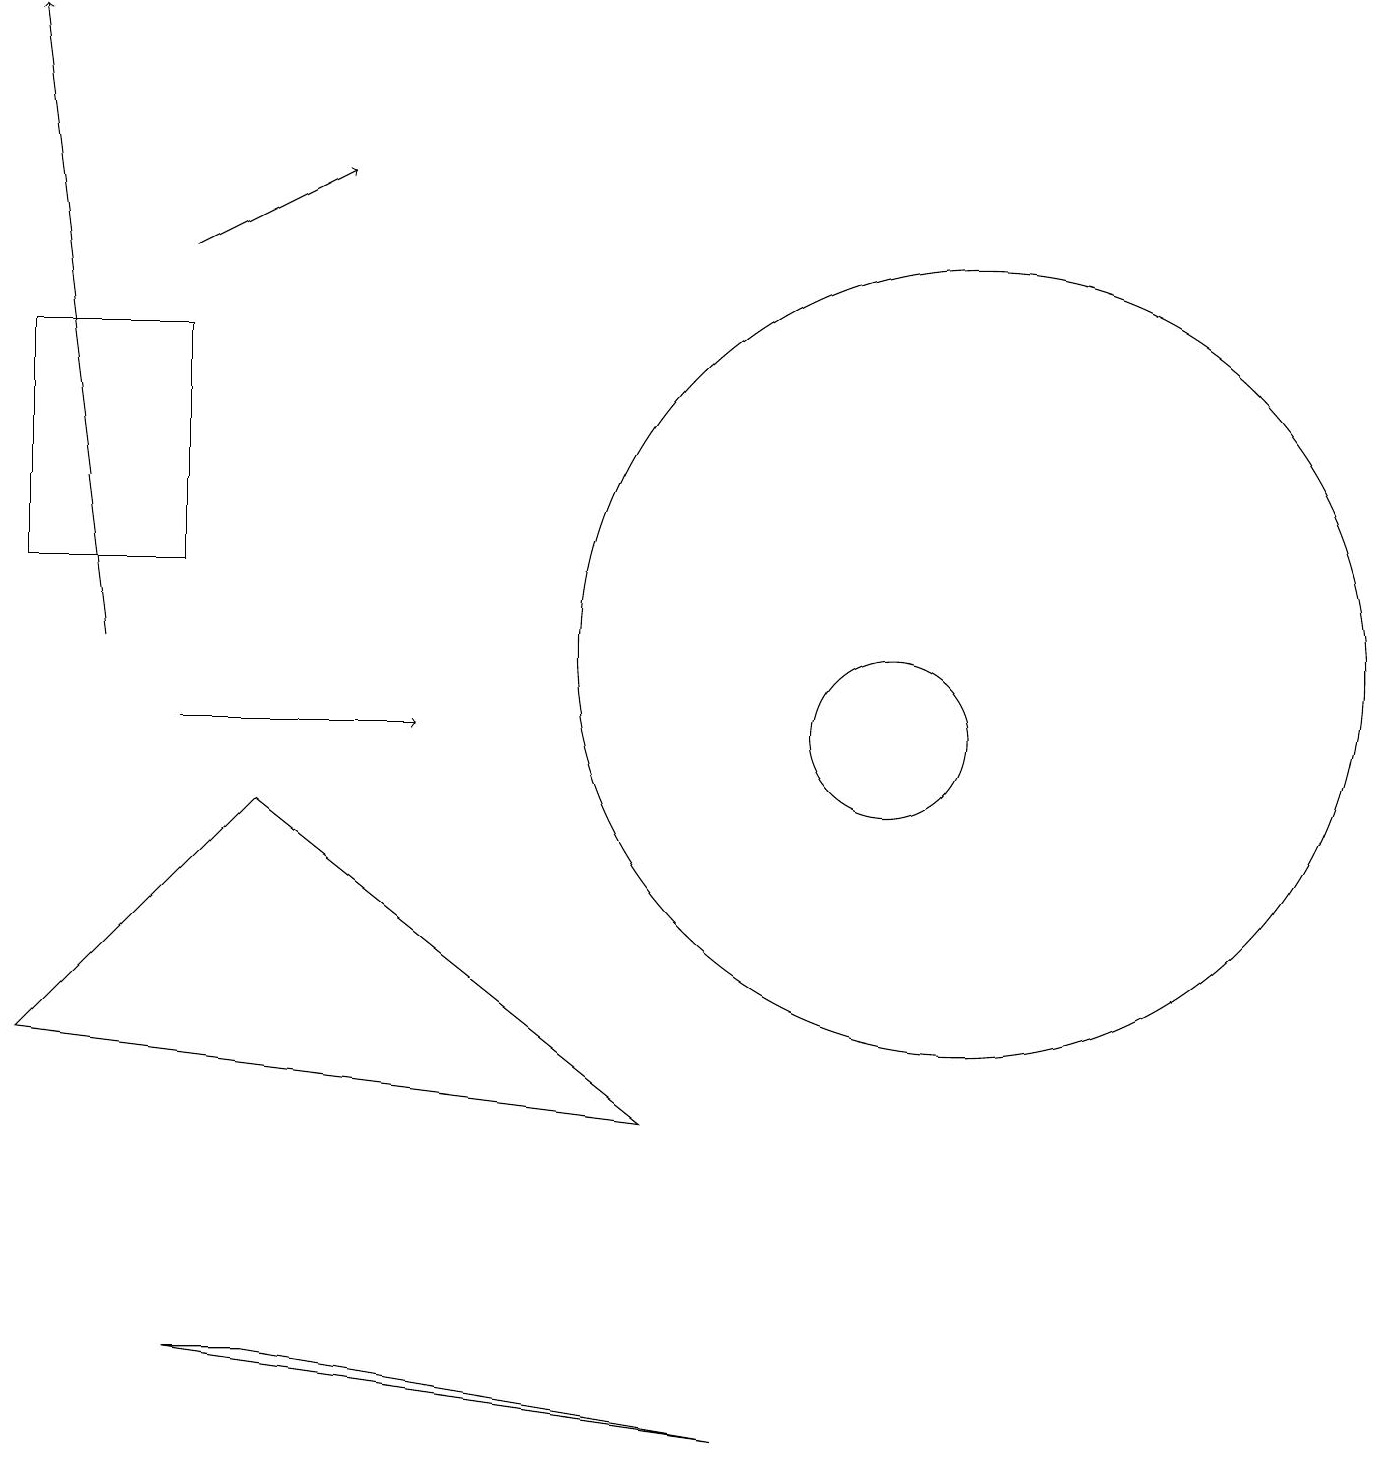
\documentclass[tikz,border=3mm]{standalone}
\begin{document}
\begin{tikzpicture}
\draw[->] (2,16) -- (4,17);
\draw[->] (2,10) -- (5,10);
\draw (11,10) circle (1);
\draw (12,11) circle (5);
\draw[->] (1,11) -- (0,19);
\draw (2,2) -- (9,1) -- (3,2) -- cycle;
\draw (0,12) rectangle (2,15);
\draw (8,5) -- (3,9) -- (0,6) -- cycle;
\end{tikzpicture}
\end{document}